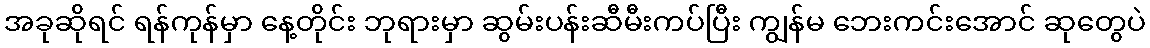
အခုဆိုရင် ရန်ကုန်မှာ နေ့တိုင်း ဘုရားမှာ ဆွမ်းပန်းဆီမီးကပ်ပြီး ကျွန်မ ဘေးကင်းအောင် ဆုတွေပဲ